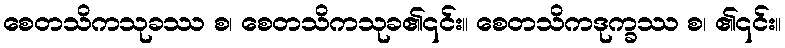
စေတသိကသုခဿ စ၊ စေတသိကသုခ၏၎င်း။ စေတသိကဒုက္ခဿ စ၊ ၏၎င်း။